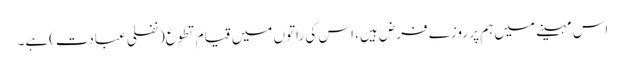
اس مہینے میں ہم پر روزے فرض ہیں، اس کی راتوں میں قیام تطوع(نفلی عبادت)ہے۔